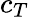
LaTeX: c_{T}